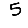
Digit: 5